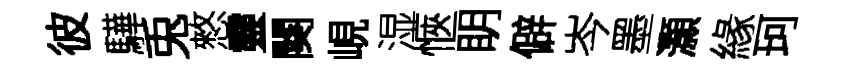
彼驊兎憗靈闋峴湿愜眀僻岑墨灝緣珂